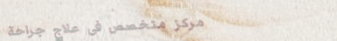
مركز متخصص في علاج جراحة